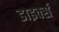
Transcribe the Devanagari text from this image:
डाइर्क्स